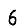
Digit: 6